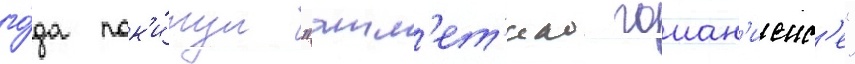
го́да пок'и́нул "атл'ет'ико гоиан'иенс'е"